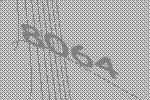
8064